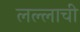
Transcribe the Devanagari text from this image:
लल्लाची